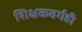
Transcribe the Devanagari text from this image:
शिक्षकवर्गही